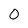
Character: O